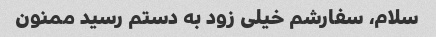
سلام، سفارشم خیلی زود به دستم رسید ممنون